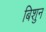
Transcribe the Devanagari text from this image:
बिशुन